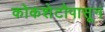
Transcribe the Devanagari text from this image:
कोकशेटौपासून